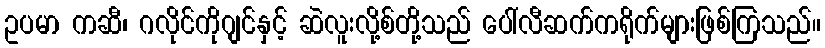
ဥပမာ ကဆီ၊ ဂလိုင်ကိုဂျင်နှင့် ဆဲလူးလို့စ်တို့သည် ပေါ်လီဆက်ကရိုက်များဖြစ်ကြသည်။